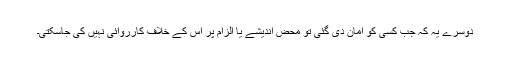
دوسرے یہ کہ جب کسی کو امان دی گئی تو محض اندیشے یا الزام پر اس کے خلاف کارروائی نہیں کی جاسکتی۔